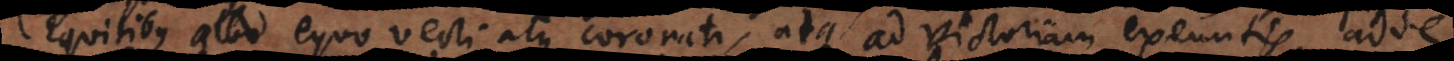
[Equitis] albo equo vecti atque coronati, atque ad victoriam exeuntis, adde